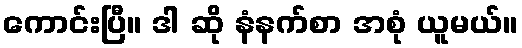
ကောင်းပြီ။ ဒါ ဆို နံနက်စာ အစုံ ယူမယ်။